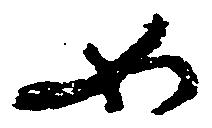
如